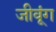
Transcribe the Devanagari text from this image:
जीवूंग